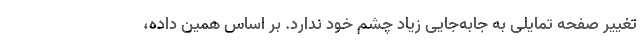
تغییر صفحه تمایلی به جابه‌جایی زیاد چشم خود ندارد. بر اساس همین داده،